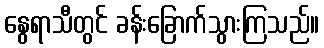
နွေရာသီတွင် ခန်းခြောက်သွားကြသည်။